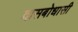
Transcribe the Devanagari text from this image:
दासबोधासी